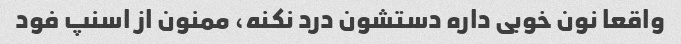
واقعا نون خوبی داره دستشون درد نکنه، ممنون از اسنپ فود